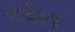
નીવારણ